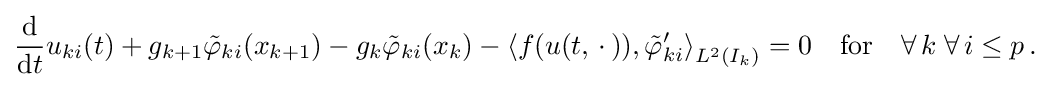
{\begin{aligned}{\frac {\mathrm {d} }{\mathrm {d} t}}u_{ki}(t)+g_{k+1}{\tilde {\varphi }}_{ki}(x_{k+1})-g_{k}{\tilde {\varphi }}_{ki}(x_{k})-\left\langle f(u(t,\,\cdot \,)),{\tilde {\varphi }}_{ki}'\right\rangle _{L^{2}(I_{k})}=0\quad {\text{for}}\quad \forall \,k\;\forall \,i\leq p\,.\end{aligned}}